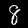
Label: 8